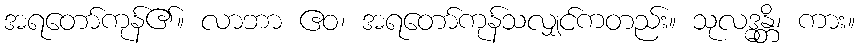
အရတော်ကုန်၏။ လာဘာ ဧဝ၊ အရတော်ကုန်သလျှင်ကတည်း။ သုလဒ္ဓန္တိ၊ ကား။